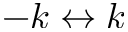
- k \leftrightarrow k